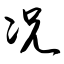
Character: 况